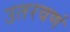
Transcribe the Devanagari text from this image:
उतरवणं